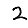
Digit: 2